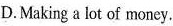
D.Making a lot of money.